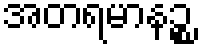
အတရမာနဉ္စ